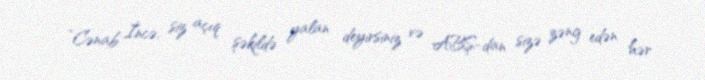
“Cənab İncə, siz açıq şəkildə yalan deyirsiniz və ABŞ-dan sizə zəng edən hər